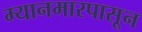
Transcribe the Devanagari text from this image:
म्यानमारपासून